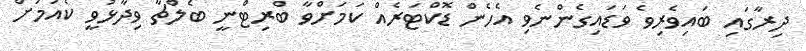
ދިރާގައި ބައިވެރިވެ ވަޑައިގެންނެވި އެހެން ޑޮކްޓަރެއް ކަމަށްވާ ބްރިޓްނީ ބެލްޗާ ވިދާޅުވީ ކެއުމަށް